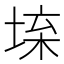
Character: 𡍕